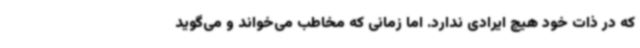
که در ذات خود هیچ ایرادی ندارد. اما زمانی که مخاطب می‌خواند و می‌گوید